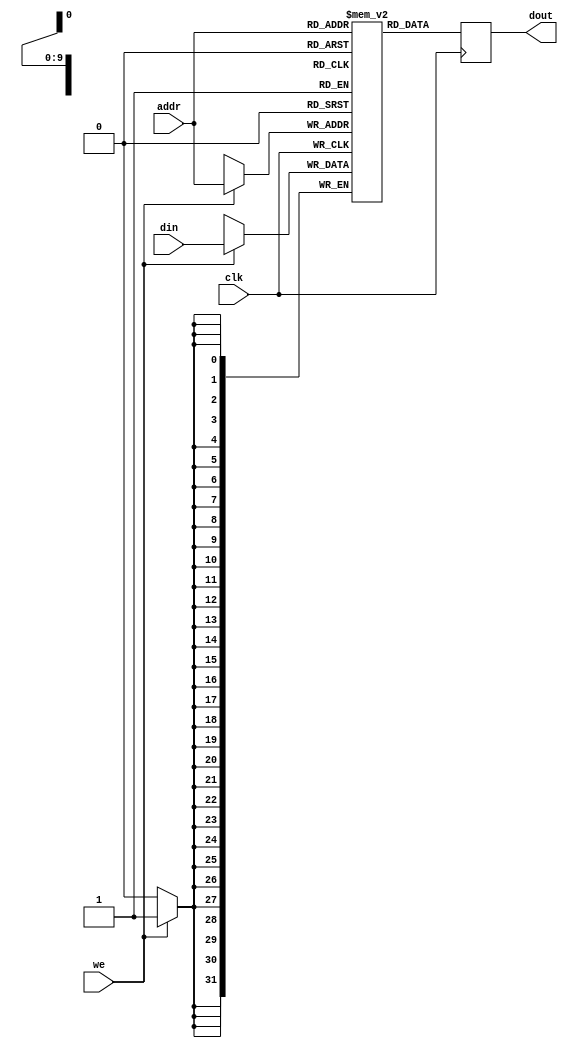
module dataram2
#(
    parameter SIZE = 1024,
    parameter AWIDTH = 10,
    parameter DWIDTH = 32)
(
    input clk,
    input [AWIDTH-1:0] addr,
    input we,
    input [DWIDTH-1:0] din,
    output reg [DWIDTH-1:0] dout
);

    reg [DWIDTH-1:0] mem [0:SIZE-1];

    always @(posedge clk) begin
        if (we)
            mem[addr] <= din;
        dout <= mem[addr];
    end

endmodule